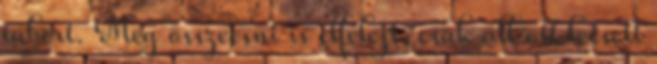
tábort. Még összeesni is elfelejt, csak áll ott leesett